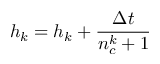
h _ { k } = h _ { k } + \frac { \Delta t } { n _ { c } ^ { k } + 1 }